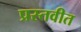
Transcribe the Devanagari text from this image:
प्रस्तवीत